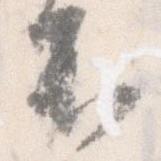
不